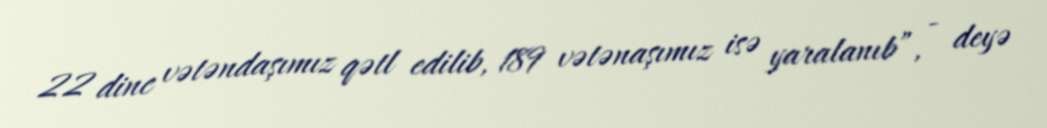
22 dinc vətəndaşımız qətl edilib, 189 vətənaşımız isə yaralanıb”, - deyə